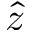
\hat { z }